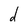
Character: d